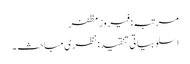
مرتبہ: فیروز مظفر
اسلوبیاتی تنقید: نظری مباحث ۔